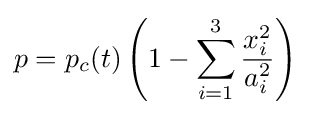
p=p_{c}(t)\left(1-\sum _{i=1}^{3}{\frac {x_{i}^{2}}{a_{i}^{2}}}\right)